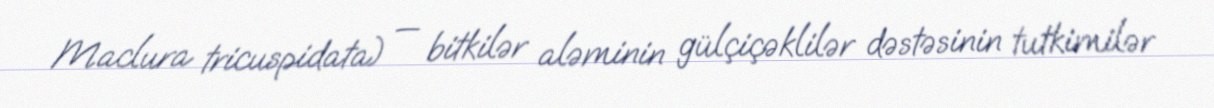
Maclura tricuspidata) — bitkilər aləminin gülçiçəklilər dəstəsinin tutkimilər